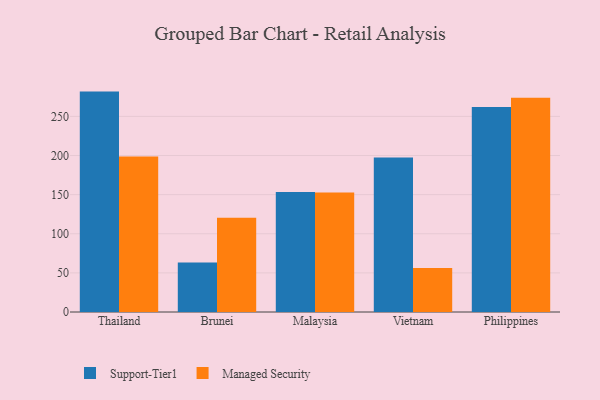
{"axis": {"x": "Country", "y": "Customer Acquisition Cost (USD)"}, "legend": ["Managed Security", "Support-Tier1"], "data": [{"x": "Thailand", "y": 281.7, "type": "Support-Tier1"}, {"x": "Thailand", "y": 198.9, "type": "Managed Security"}, {"x": "Brunei", "y": 63.2, "type": "Support-Tier1"}, {"x": "Brunei", "y": 120.5, "type": "Managed Security"}, {"x": "Malaysia", "y": 153.5, "type": "Support-Tier1"}, {"x": "Malaysia", "y": 152.7, "type": "Managed Security"}, {"x": "Vietnam", "y": 197.5, "type": "Support-Tier1"}, {"x": "Vietnam", "y": 56.3, "type": "Managed Security"}, {"x": "Philippines", "y": 262.0, "type": "Support-Tier1"}, {"x": "Philippines", "y": 273.8, "type": "Managed Security"}]}